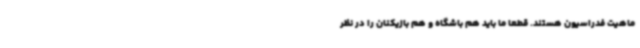
ماهیت فدراسیون هستند. قطعا ما باید هم باشگاه و هم بازیکنان را در نظر